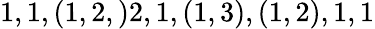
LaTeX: \begin{array}{r}{1,1,(1,2,)2,1,(1,3),(1,2),1,1}\end{array}